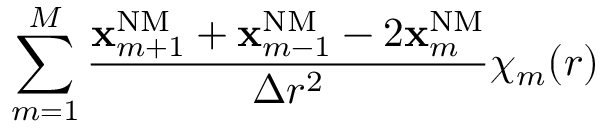
\sum _ { m = 1 } ^ { M } \frac { \mathbf { x } _ { m + 1 } ^ { \mathrm { { N M } } } + \mathbf { x } _ { m - 1 } ^ { \mathrm { { N M } } } - 2 \mathbf { x } _ { m } ^ { \mathrm { { N M } } } } { \Delta r ^ { 2 } } \chi _ { m } ( r )